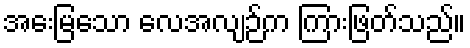
အေးမြသော လေအလျဉ်က ကြားဖြတ်သည်။